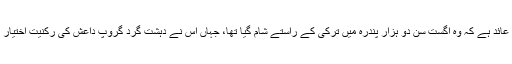
اس پر الزام عائد ہے کہ وہ اگست سن دو ہزار پندرہ میں ترکی کے راستے شام گیا تھا، جہاں اس نے دہشت گرد گروپ داعش کی رکنیت اختیار کر لی تھی۔